Report of the Bombay Veterinary College
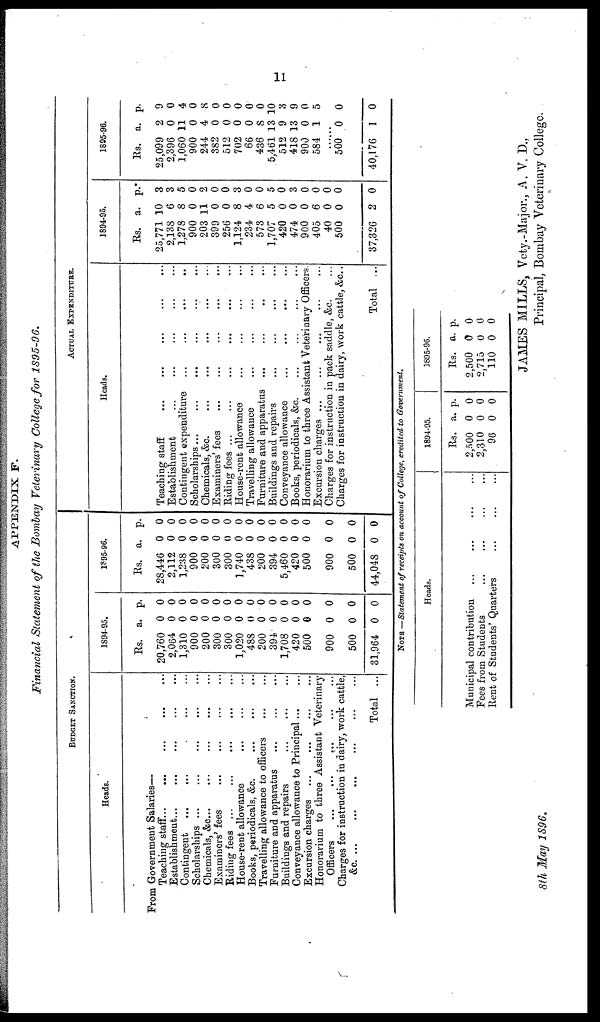
11
APPENDIX F.
Financial Statement of the Bombay Veterinary College for 1895-96.
BUDGET SANCTION.
Heads.
From Government Salaries—
Teaching
staff...
Establishment...
Contingent
...
Scholarships
...
Chemicals, &c. ...
Examiners' fees
Riding fees ...
...
...
...
...
...
...
...
House-rent allowance
Books, periodicals, & c.
...
...
...
...
...
...
...
...
...
Travelling allowance to officers
Furniture and apparatus
Buildings and repairs
...
...
...
...
...
...
...
...
...
...
...
...
...
...
Conveyance allowance to
Principal...
Excursion charges ...
...
...
...
...
...
...
...
...
...
...
...
...
...
...
...
...
Honorarium to three Assistant Veterinary
Officers
...
...
...
...
...
Charges for instruction in dairy, work cattle,
&c.
...
... ...
...
...
Total
...
...
1894-95.
Rs.
20,760
2,064
1,310
900
200
300
300
1,020
488
200
394
1,708
420
500
900
500
31,964
a.
0
0
0
0
0
0
0
0
0
0
0
0
0
0
0
0
0
p.
0
0
0
0
0
0
0
0
0
0
0
0
0
0
0
0
0
1895-96.
Rs.
28,446
2,112
1,238
900
200
300
300
1,740
438
200
394
5,460
420
500
900
500
44,048
a.
0
0
0
0
0
0
0
0
0
0
0
0
0
0
0
0
0
p.
0
0
0
0
0
0
0
0
0
0
0
0
0
0
0
0
0
ACTUAL EXPENDITURE.
Heads.
Teaching staff
Establishment
...
...
Contingent expenditure
Scholarships...
Chemicals, &c.
Examiners'fees
Riding fees ...
...
...
...
...
House-rent allowance
Travelling allowance
Furniture and apparatus
Buildings and repairs
Conveyance allowance
Books, periodicals, &c.
...
...
...
...
...
...
...
...
...
...
...
...
...
...
...
...
...
...
...
...
...
...
...
...
...
...
...
...
...
...
...
...
...
...
...
...
...
...
...
...
...
...
...
...
...
...
...
...
...
...
...
...
Honorarium to three Assistant Veterinary Officers.
Excursion charges ...
...
...
...
Charges for instruction in pack saddle, &c.
...
...
Charges for instruction in dairy, work cattle, &c. .
Total ...
1894-95.
Rs.
25,771
2,138
1,278
900
203
399
256
1,124
234
573
1,707
420
474
900
405
40
500
37,326
a.
10
6
8
0
11
0
0
8
4
6
5
0
0
0
6
0
0
2
p.
3
3
5
0
2
0
0
3
0
0
5
0
3
0
0
0
0
0
1895-96.
Rs.
25,099
2,396
1,060
900
244
382
512
702
66
436
5,461
512
418
900
584
a.
2
0
11
0
4
0
0
0
0
8
13
9
13
0
1
.....
500
40,176
0
1
p.
9
0
4
0
8
0
0
0
0
0
10
3
9
0
5
0
0
NOTE —Statement of receipts on account of College, credited to Government.
Heads.
Municipal contribution
Fees from Students
...
...
Rent of Students' Quarters
...
...
...
...
...
...
...
...
...
1894-95.
Rs.
2,500
2,310
96
a.
0
0
0
p.
0
0
0
1895-96.
Rs.
2,500
2,715
110
a.
0
0
0
p.
0
0
0
JAMES MILLS, Vety.-Major., A. V. D.,
8th May 1896.
Principal, Bombay Veterinary College.